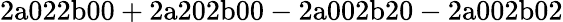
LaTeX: \mathrm{2a022b00+2a202b00-2a002b20-2a002b02}